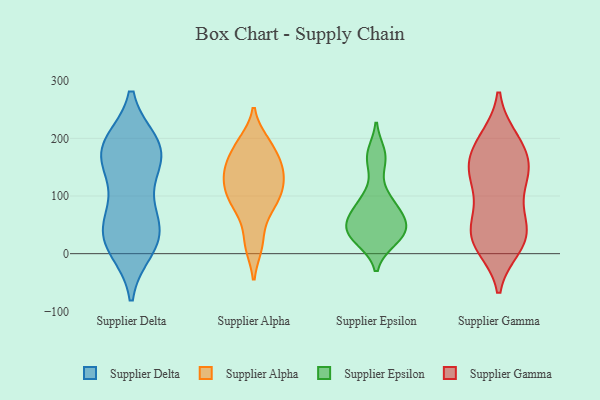
{"axis": {"x": "Budget (USD K)", "y": "Value"}, "legend": ["Supplier Alpha", "Supplier Delta", "Supplier Epsilon", "Supplier Gamma"], "data": [{"x": "", "y": 23, "type": "Supplier Delta"}, {"x": "", "y": 189, "type": "Supplier Delta"}, {"x": "", "y": 39, "type": "Supplier Delta"}, {"x": "", "y": 178, "type": "Supplier Delta"}, {"x": "", "y": 10, "type": "Supplier Delta"}, {"x": "", "y": 32, "type": "Supplier Delta"}, {"x": "", "y": 179, "type": "Supplier Delta"}, {"x": "", "y": 133, "type": "Supplier Delta"}, {"x": "", "y": 165, "type": "Supplier Delta"}, {"x": "", "y": 190, "type": "Supplier Delta"}, {"x": "", "y": 23, "type": "Supplier Delta"}, {"x": "", "y": 84, "type": "Supplier Delta"}, {"x": "", "y": 61, "type": "Supplier Delta"}, {"x": "", "y": 176, "type": "Supplier Delta"}, {"x": "", "y": 187, "type": "Supplier Alpha"}, {"x": "", "y": 134, "type": "Supplier Alpha"}, {"x": "", "y": 147, "type": "Supplier Alpha"}, {"x": "", "y": 105, "type": "Supplier Alpha"}, {"x": "", "y": 100, "type": "Supplier Alpha"}, {"x": "", "y": 109, "type": "Supplier Alpha"}, {"x": "", "y": 152, "type": "Supplier Alpha"}, {"x": "", "y": 194, "type": "Supplier Alpha"}, {"x": "", "y": 16, "type": "Supplier Alpha"}, {"x": "", "y": 145, "type": "Supplier Alpha"}, {"x": "", "y": 90, "type": "Supplier Alpha"}, {"x": "", "y": 161, "type": "Supplier Alpha"}, {"x": "", "y": 190, "type": "Supplier Alpha"}, {"x": "", "y": 128, "type": "Supplier Alpha"}, {"x": "", "y": 62, "type": "Supplier Alpha"}, {"x": "", "y": 14, "type": "Supplier Alpha"}, {"x": "", "y": 83, "type": "Supplier Alpha"}, {"x": "", "y": 25, "type": "Supplier Epsilon"}, {"x": "", "y": 99, "type": "Supplier Epsilon"}, {"x": "", "y": 173, "type": "Supplier Epsilon"}, {"x": "", "y": 50, "type": "Supplier Epsilon"}, {"x": "", "y": 41, "type": "Supplier Epsilon"}, {"x": "", "y": 83, "type": "Supplier Epsilon"}, {"x": "", "y": 54, "type": "Supplier Epsilon"}, {"x": "", "y": 73, "type": "Supplier Epsilon"}, {"x": "", "y": 24, "type": "Supplier Epsilon"}, {"x": "", "y": 162, "type": "Supplier Epsilon"}, {"x": "", "y": 39, "type": "Supplier Epsilon"}, {"x": "", "y": 83, "type": "Supplier Gamma"}, {"x": "", "y": 24, "type": "Supplier Gamma"}, {"x": "", "y": 200, "type": "Supplier Gamma"}, {"x": "", "y": 12, "type": "Supplier Gamma"}, {"x": "", "y": 133, "type": "Supplier Gamma"}, {"x": "", "y": 155, "type": "Supplier Gamma"}, {"x": "", "y": 127, "type": "Supplier Gamma"}, {"x": "", "y": 65, "type": "Supplier Gamma"}, {"x": "", "y": 139, "type": "Supplier Gamma"}, {"x": "", "y": 63, "type": "Supplier Gamma"}, {"x": "", "y": 173, "type": "Supplier Gamma"}, {"x": "", "y": 199, "type": "Supplier Gamma"}, {"x": "", "y": 192, "type": "Supplier Gamma"}, {"x": "", "y": 34, "type": "Supplier Gamma"}, {"x": "", "y": 154, "type": "Supplier Gamma"}, {"x": "", "y": 33, "type": "Supplier Gamma"}, {"x": "", "y": 137, "type": "Supplier Gamma"}, {"x": "", "y": 17, "type": "Supplier Gamma"}, {"x": "", "y": 20, "type": "Supplier Gamma"}]}